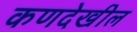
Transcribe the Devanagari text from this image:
कणदेखील